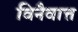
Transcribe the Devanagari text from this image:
विनैवात्त